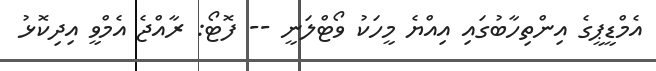
އެމްޑީޕީގެ އިންތިހާބުގައި އިއްޔެ މީހަކު ވޯޓްލަނީ -- ފޮޓޯ: ރާއްޖެ އެމްވީ އިދިކޮޅު